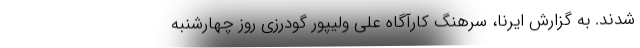
شدند. به گزارش ایرنا، سرهنگ کارآگاه علی ولیپور گودرزی روز چهارشنبه